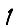
Digit: 1